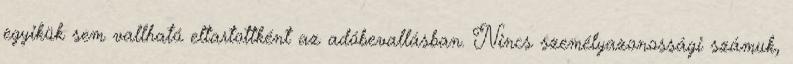
egyikük sem vallható eltartottként az adóbevallásban. Nincs személyazonossági számuk,